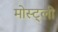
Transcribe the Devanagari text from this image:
मोस्ट्ली